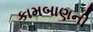
કામબાણની